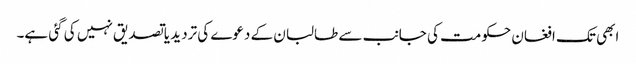
ابھی تک افغان حکومت کی جانب سے طالبان کے دعوے کی تردید یا تصدیق نہیں کی گئی ہے۔